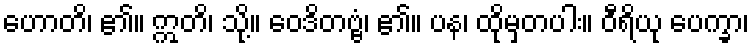
ဟောတိ၊ ၏။ ဣတိ၊ သို့။ ဝေဒိတဗ္ဗံ၊ ၏။ ပန၊ ထိုမှတပါး။ ဝီရိယု ပေက္ခာ၊